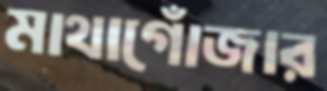
মাথাগোঁজার